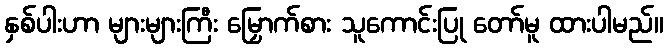
နှစ်ပါးဟာ များများကြီး မြှောက်စား သူကောင်းပြု တော်မူ ထားပါမည်။